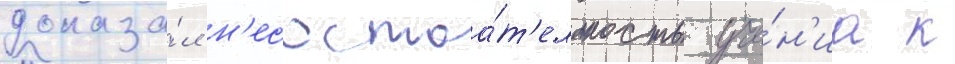
доказа́л н'есостоа́т'ельность уче́н'иа к